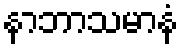
နာဘာသမာနံ